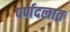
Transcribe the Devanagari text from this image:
पर्णदलात